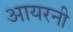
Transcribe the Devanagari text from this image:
आयरनी